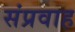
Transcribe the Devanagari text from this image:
संप्रवाह